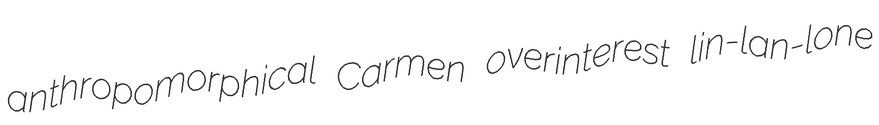
anthropomorphical Carmen overinterest lin-lan-lone